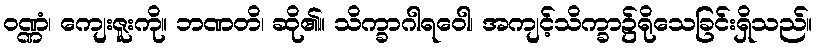
ဝဏ္ဏံ၊ ကျေးဇူးကို။ ဘဏတိ၊ ဆို၏။ သိက္ခာဂါရဝေါ၊ အကျင့်သိက္ခာ၌ရိုသေခြင်းရှိသည်။